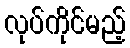
လုပ်ကိုင်မည့်